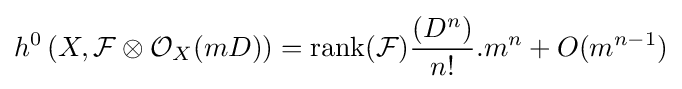
h^{0}\left(X,{\mathcal {F}}\otimes {\mathcal {O}}_{X}(mD)\right)=\operatorname {rank} ({\mathcal {F}}){\frac {(D^{n})}{n!}}.m^{n}+O(m^{n-1})